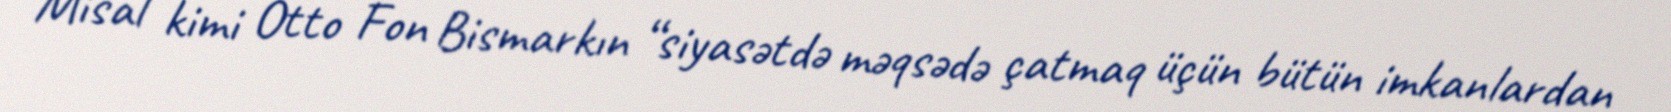
Misal kimi Otto Fon Bismarkın “siyasətdə məqsədə çatmaq üçün bütün imkanlardan